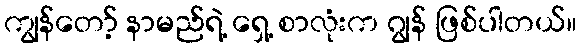
ကျွန်တော့် နာမည်ရဲ့ ရှေ့ စာလုံးက ဂျွန် ဖြစ်ပါတယ်။